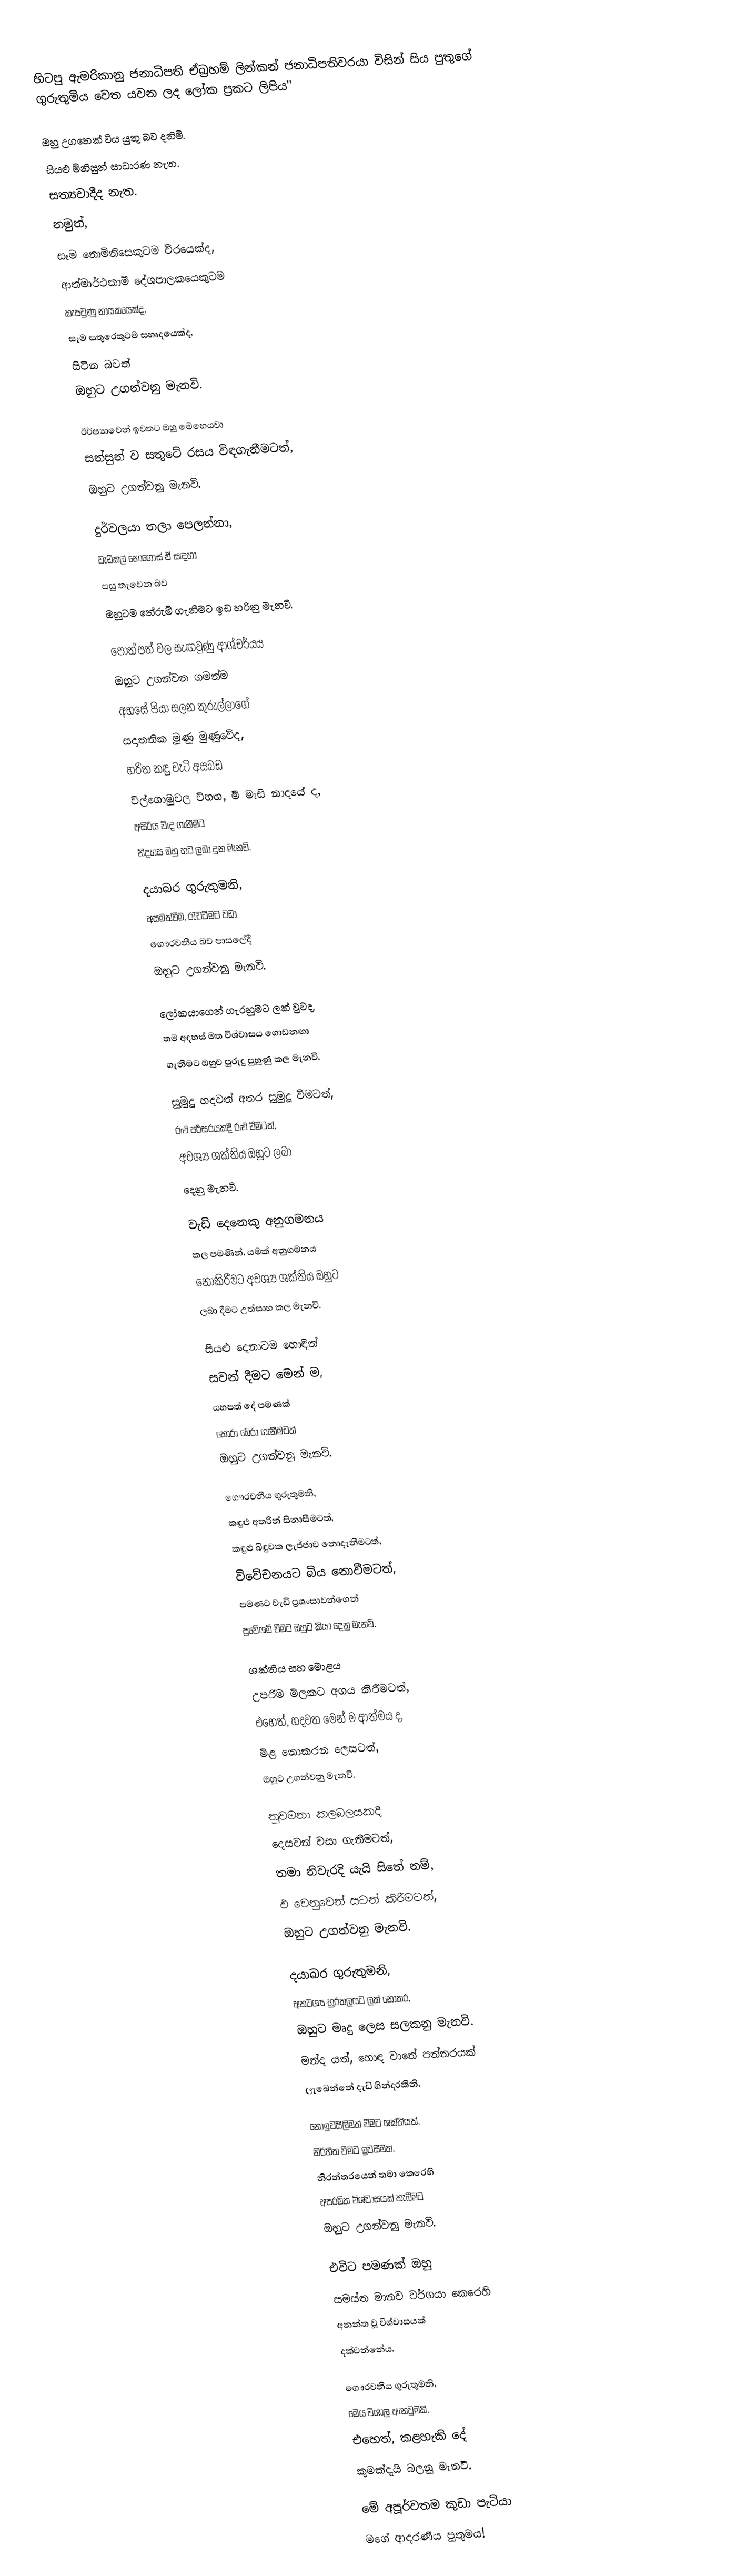
හිටපු ඇමරිකානු ජනාධිපති ඒබ්‍රහම් ලින්කන් ජනාධිපතිවරයා විසින් සිය පුතුගේ ගුරුතුමිය වෙත යවන ලද ලෝක ප්‍රකට ලිපිය''

ඔහු උගතෙක් විය යුතු බව දනිමි.
සියළු මිනිසුන් සාධාරණ නැත.
සත්‍යවාදීද නැත.
නමුත්,
සෑම නොමිනිසෙකුටම වීරයෙක්ද,
ආත්මාර්ථකාමී දේශපාලකයෙකුටම
කැපවුණු නායකයෙක්ද,
සෑම සතුරෙකුටම සහෘදයෙක්ද,
සිටින බවත්
ඔහුට උගන්වනු මැනවි.

ඊර්ෂ්‍යාවෙන් ඉවතට ඔහු මෙහෙයවා
සන්සුන් ව සතුටේ රසය විඳගැනීමටත්,
ඔහුට උගන්වනු මැනවි.

දුර්වලයා තලා පෙලන්නා,
වැඩිකල් නොගොස් ඒ සඳහා
පසු තැවෙන බව
ඔහුටම තේරුම් ගැනීමට ඉඩ හරිනු මැනවි.

පෙ‍ාත්පත් වල සැඟවුණු ආශ්චර්යය
ඔහුට උගන්වන ගමන්ම
අහසේ පියා සලන කුරුල්ලාගේ
සදාතනික මුණු මුණුවේද,
හරිත කඳු වැටි අසබඩ
විල්ගොමුවල විහඟ, මී මැසි නාදයේ ද,
අසිරිය විඳ ගැනීමට
නිදහස ඔහු හට ලබා දුන මැනවි.

දයාබර ගුරුතුමනි,
අසමත්වීම, රැවටීමට වඩා
ගෞරවනීය බව පාසලේදී
ඔහුට උගන්වනු මැනවි.

ලෝකයාගෙන් ගැරහුමට ලක් වුවද,
තම අදහස් මත විශ්වාසය ගොඩනඟා
ගැනීමට ඔහුව පුරුදු පුහුණු කල මැනවි.

සුමුදු හදවත් අතර සුමුදු වීමටත්,
රළු පරිසරයකදී රළු වීමටත්,
අවශ්‍ය ශක්තිය ඔහුට ලබා
දෙනු මැනවි.

වැඩි දෙනෙකු අනුගමනය
කල පමණින්, යමක් අනුගමනය
නොකිරීමට අවශ්‍ය ශක්තිය ඔහුට
ලබා දීමට උත්සාහ කල මැනවි.

සියළු දෙනාටම හෙ‍ාඳින්
සවන් දීමට මෙන් ම,
යහපත් දේ පමණක්
තෝරා බේරා ගැනීමටත්
ඔහුට උගන්වනු මැනවි.

ගෞරවනීය ගුරුතුමනි,
කඳුළු අතරින් සිනාසීමටත්,
කඳුළු බිඳුවක ලැජ්ජාව නොදැනීමටත්,
විවේචනයට බිය නොවීමටත්,
පමණට වැඩි ප්‍රශංසාවන්ගෙන්
ප්‍රවේශම් වීමට ඔහුට කියා දෙනු මැනවි.

ශක්තිය සහ මොළය
උපරිම මිලකට අගය කිරීමටත්,
එහෙත්, හදවත මෙන් ම ආත්මය ද,
මිළ නොකරන ලෙසටත්,
ඔහුට උගන්වනු මැනවි.

නුවමනා කලබලයකදී
දෙසවන් වසා ගැනීමටත්,
තමා නිවැරදි යැයි සිතේ නම්,
එ වෙනුවෙන් සටන් කිරීමටත්,
ඔහුට උගන්වනු මැනවි.

දයාබර ගුරුතුමනි,
අනවශ්‍ය හුරතලයට ලක් නොකර,
ඔහුට මෘදු ලෙස සලකනු මැනවි.
මන්ද යත්, හෙ‍ාඳ වානේ පන්නරයක්
ලැබෙන්නේ දැඩි ගින්දරකිනි.

නොඉවසිලිමත් වීමට ශක්තියත්,
නිර්භීත වීමට ඉවසීමත්,
නිරන්තරයෙන් තමා කෙරෙහි
අපරමිත විශ්වාසයක් තැබීමට
ඔහුට උගන්වනු මැනවි.

එවිට පමණක් ඔහු
සමස්ත මානව වර්ගයා කෙරෙහි
අනන්ත වූ විශ්වාසයක්
දක්වන්නේය.

ගෞරවනීය ගුරුතුමනි,
මෙය විශාල ඇනවුමකි.
එහෙත්, කළහැකි දේ
කුමක්දැයි බලනු මැනවි.

මේ අපූර්වතම කුඩා පැටියා
මගේ ආදරණීය පුතුමය!